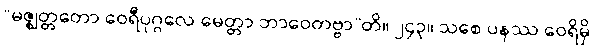
“မဇ္ဈတ္တတော ဝေရီပုဂ္ဂလေ မေတ္တာ ဘာဝေတဗ္ဗာ”တိ။ ၂၄၃။ သစေ ပနဿ ဝေရိမှိ